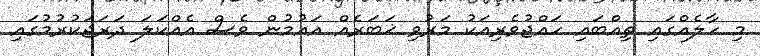
މި ހާލެއްގައި ތިއްބައި ހައްޖުވެރިއަކު މަރުވި ޚަބަރެއް އައުމުން ވެސް އެއްކަލަ ދަރަޖަކުރުމުގައި